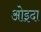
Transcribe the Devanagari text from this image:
ओइदा